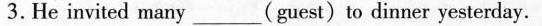
3.He invited many___(guest)to dinner yesterday.